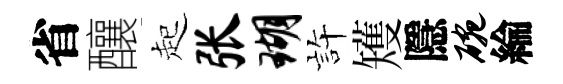
省釀起张瑚静矱隱碗綸